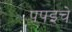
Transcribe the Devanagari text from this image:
पपइचे